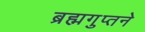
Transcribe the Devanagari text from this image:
ब्रह्मगुप्तने